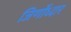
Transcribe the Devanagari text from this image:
जिर्णोध्दार